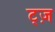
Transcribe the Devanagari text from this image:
ट्ज़